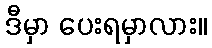
ဒီမှာ ပေးရမှာလား။